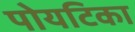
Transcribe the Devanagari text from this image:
पोयटिका